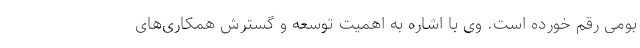
بومی رقم خورده است. وی با اشاره به اهمیت توسعه و گسترش همکاری‌های